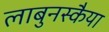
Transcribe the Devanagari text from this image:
लाबुनस्कैया